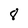
Character: 8